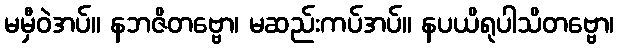
မမှီဝဲအပ်။ နဘဇိတဗ္ဗော၊ မဆည်းကပ်အပ်။ နပယိရုပါသိတဗ္ဗော၊